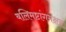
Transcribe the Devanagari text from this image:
बलिमष्टांगमक्षयं